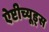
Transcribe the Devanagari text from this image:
ऐप्टीच्यूड्स